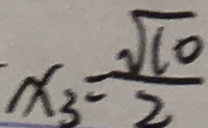
x _ { 3 } = \frac { \sqrt { 1 0 } } { 2 }